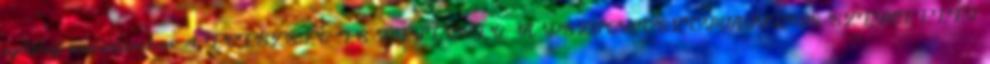
egészség megtartásában. 4 EGÉSZSÉG ÉS BETEGSÉG: A PSZICHOSZOMATIKUS SZEMLÉLET